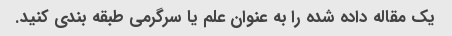
یک مقاله داده شده را به عنوان علم یا سرگرمی طبقه بندی کنید.